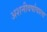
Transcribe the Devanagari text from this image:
अशनीवर्षावाला